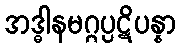
အဒ္ဓါနမဂ္ဂပ္ပဋိပန္နာ